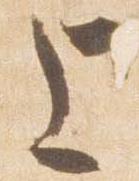
上